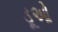
ડૂઓ